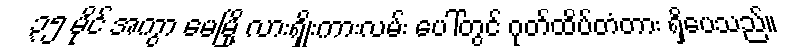
၃၅ မိုင် အကွာ မေမြို့ လားရှိုးကားလမ်း ပေါ်တွင် ဂုတ်ထိပ်တံတား ရှိပေသည်။